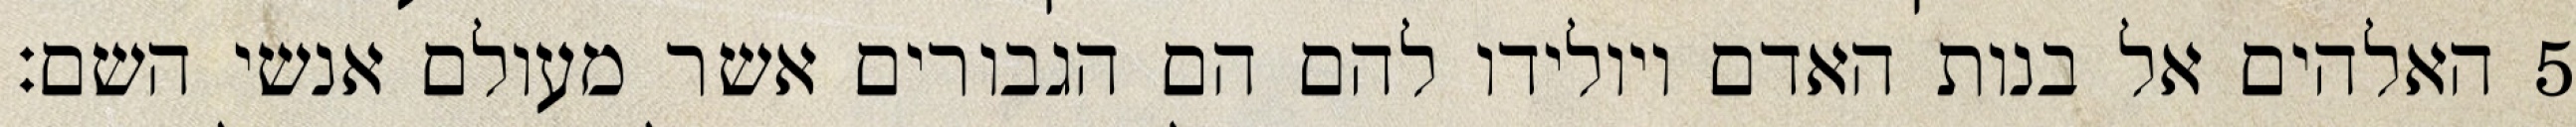
האלהים אל בנות האדם ויולידו להם הם הגבורים אשר מעולם אנשי השם׃ ‎5‏